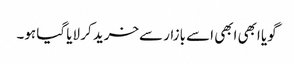
گویا ابھی ابھی اسے بازار سےخرید کر لایا گیا ہو۔